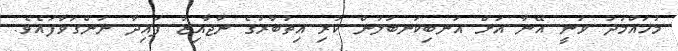
މުހައްމަދު ވަނީ އޭނާ އަށް އަނބިކަނބަލުން ކުރި އިތުބާރުގެ ނާޖާއިޒު ފައިދާ ނަންގަވާފައެވެ.